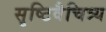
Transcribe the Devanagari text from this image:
सृष्टिवैचित्र्य